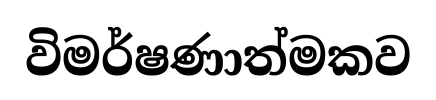
විමර්ෂණාත්මකව